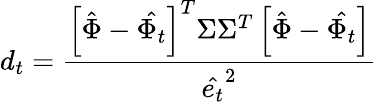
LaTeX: d_{t}=\frac{\left[\hat{\Phi}-\hat{\Phi_{t}}\right]^{T}\Sigma\Sigma^{T}\left[\hat{\Phi}-\hat{\Phi_{t}}\right]}{\hat{e_{t}}^{2}}